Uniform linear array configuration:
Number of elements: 4
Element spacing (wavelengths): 0.75
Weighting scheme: kaiser
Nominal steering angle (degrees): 0
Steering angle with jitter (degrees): -1.617
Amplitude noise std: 0.05
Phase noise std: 0.05

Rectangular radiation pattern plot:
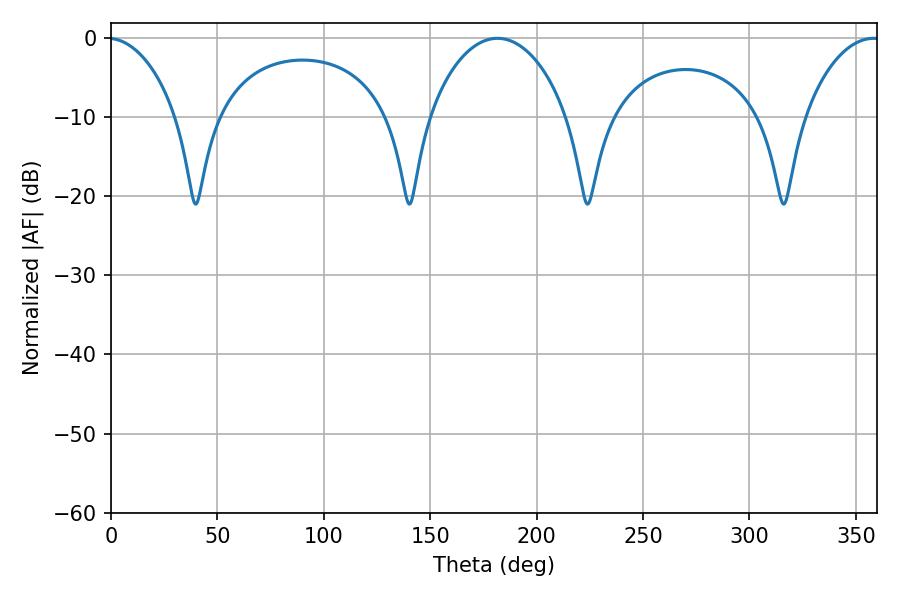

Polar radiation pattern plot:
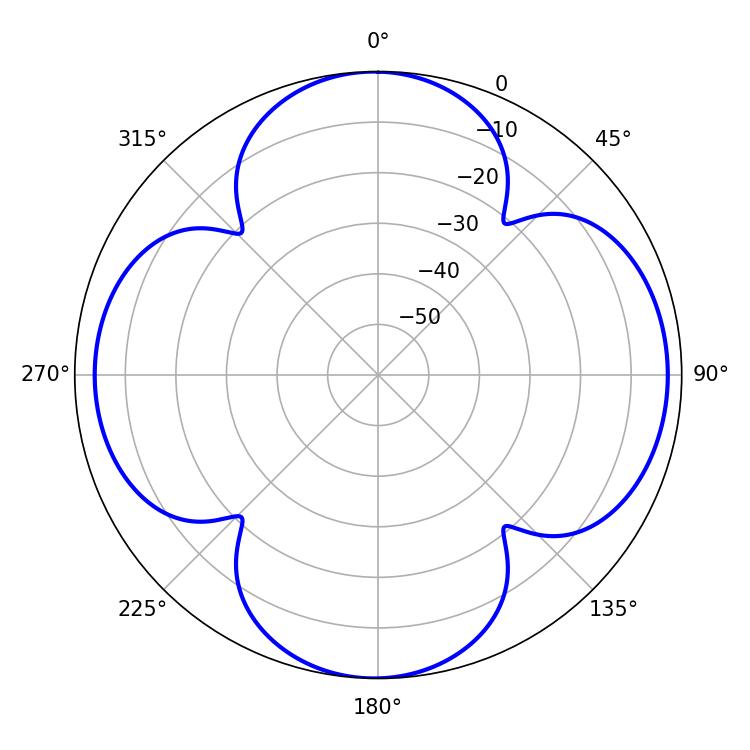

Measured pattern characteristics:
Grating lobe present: TRUE
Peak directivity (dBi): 12.723
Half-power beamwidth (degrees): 37.08
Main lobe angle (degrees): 181.62